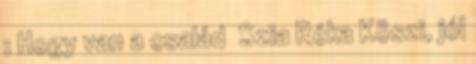
: Hogy van a család Szia Réka Köszi, jól